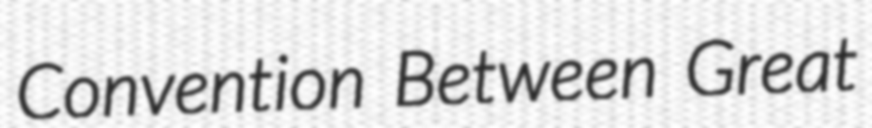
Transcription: Convention Between Great